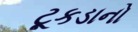
ટૂકડાનો